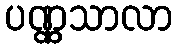
ပဏ္ဏသာလာ